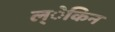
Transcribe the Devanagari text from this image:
ल्ेकिन